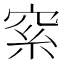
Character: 𥥮